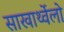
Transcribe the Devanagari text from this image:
साखार्थ्वेलो